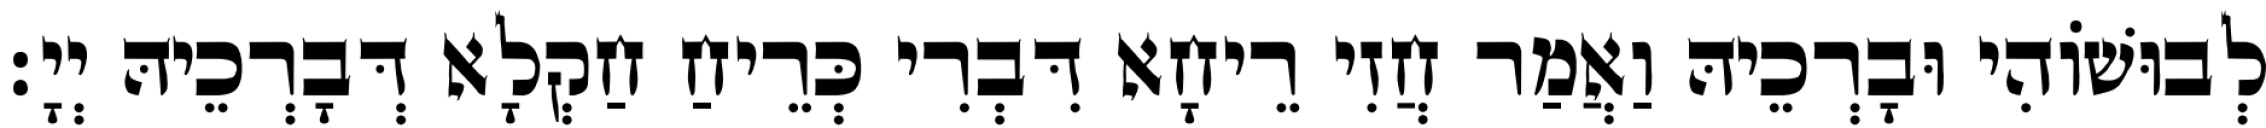
לְבוּשׁוֹהִי וּבָרְכֵיהּ וַאֲמַר חֲזִי רֵיחָא דִּבְרִי כְּרֵיחַ חַקְלָא דְּבָרְכֵיהּ יְיָ׃